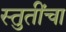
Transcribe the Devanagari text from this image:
स्तुतींचा